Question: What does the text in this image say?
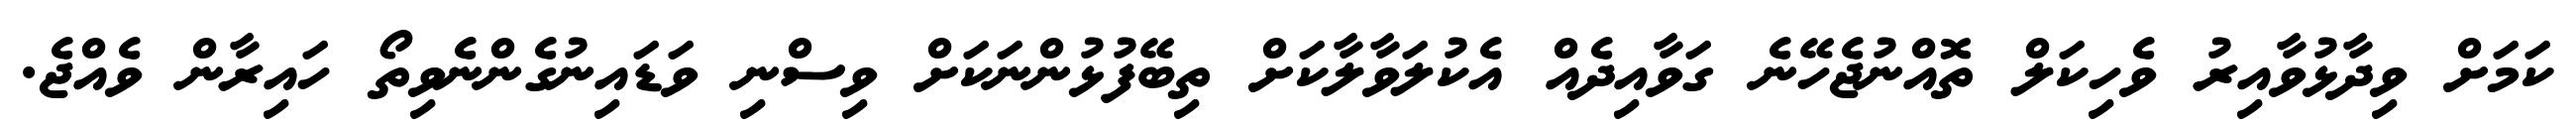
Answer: ކަމަށް ވިދާޅުވާއިރު ވެހިކަލް ތޮއްނުޖެހޭނެ ގަވާއިދެއް އެކުލަވާލާކަށް ތިބޭފުޅުންނަކަށް ވިސްނި ވަޑައިނުގެންނެވިތޯ ހައިރާން ވެއްޖެ.